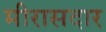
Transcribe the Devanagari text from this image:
मीरासदार